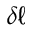
\delta \ell